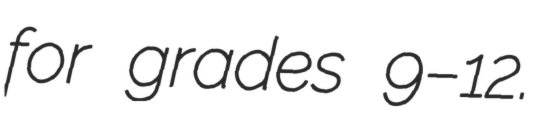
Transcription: for grades 9–12.